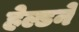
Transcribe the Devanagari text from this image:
हेल्डने